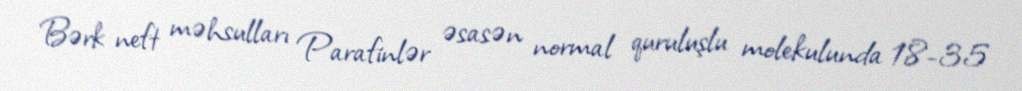
Bərk neft məhsulları Parafinlər əsasən normal quruluşlu molekulunda 18-35